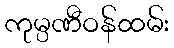
ကုမ္ပဏီဝန်ထမ်း